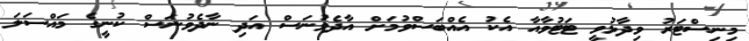
މިނިސްޓަރު ވިދާޅުވީ ޓަޓުވާއާ އެކު އެއްބަސްވުމަށް އާދެވުނަސް އަދި ނާދެވުނަސް ކުނީގެ މައްސަލަ